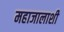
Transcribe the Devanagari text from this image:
महाजालाशी